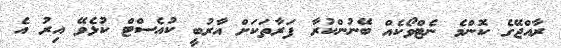
ރާއްޖޭގެ ކޮންމެ ނެޓްވޯކެއް ބޭނުންކުރާ ފަރާތަކަށް އާރުބީ ކުއެސްޓް ކުޅެވޭ އިރު އެ